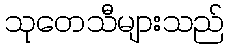
သုတေသီများသည်